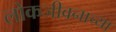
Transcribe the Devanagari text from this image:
लोकजीवनाच्या